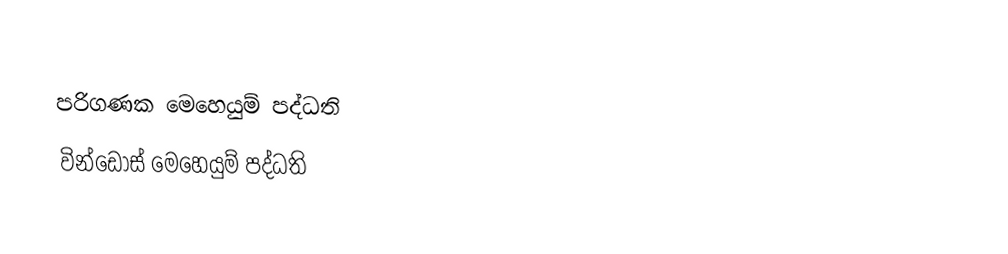
පරිගණක මෙහෙයුම් පද්ධති
වින්ඩෝස් මෙහෙයුම් පද්ධති